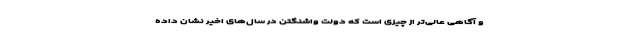
و آگاهی عالی‌تر از چیزی است که دولت واشنگتن در سال‌های اخیر نشان داده